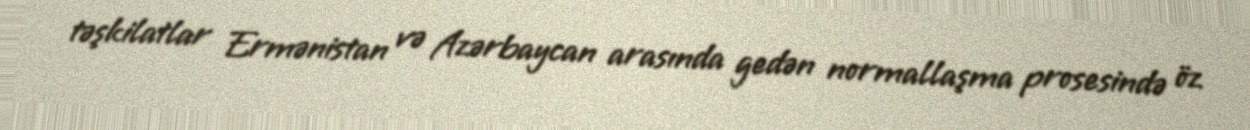
təşkilatlar Ermənistan və Azərbaycan arasında gedən normallaşma prosesində öz